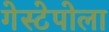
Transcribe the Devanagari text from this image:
गेस्टेपोला